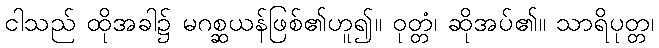
ငါသည် ထိုအခါ၌ မဂစ္ဆယန်ဖြစ်၏ဟူ၍။ ဝုတ္တံ၊ ဆိုအပ်၏။ သာရိပုတ္တ၊